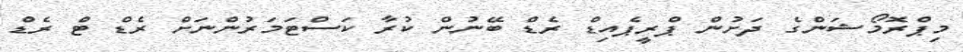
މިޕްރޮމޯޝަންގެ ދަށުން ޕްރީޕެއިޑް ރެޑް ބޭނުން ކުރާ ކަސްޓަމަރުންނަށް ރެޑް ޓް ރެޑް